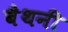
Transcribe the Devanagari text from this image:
बैथनी